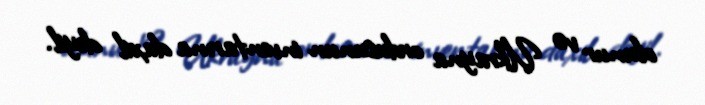
olunur və Ukrayna ordusunun inventarına daxil deyil.